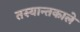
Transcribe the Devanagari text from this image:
तस्यान्तकाले